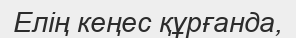
Елің кеңес құрғанда,